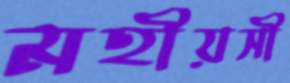
মহীয়সী